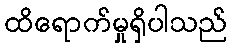
ထိရောက်မှုရှိပါသည်